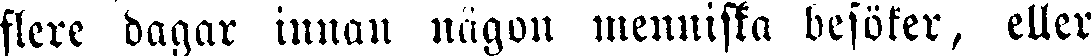
flere dagar innan någon menniska besöker, eller